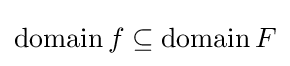
\operatorname {domain} f\subseteq \operatorname {domain} F